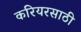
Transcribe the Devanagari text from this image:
करियरसाठी